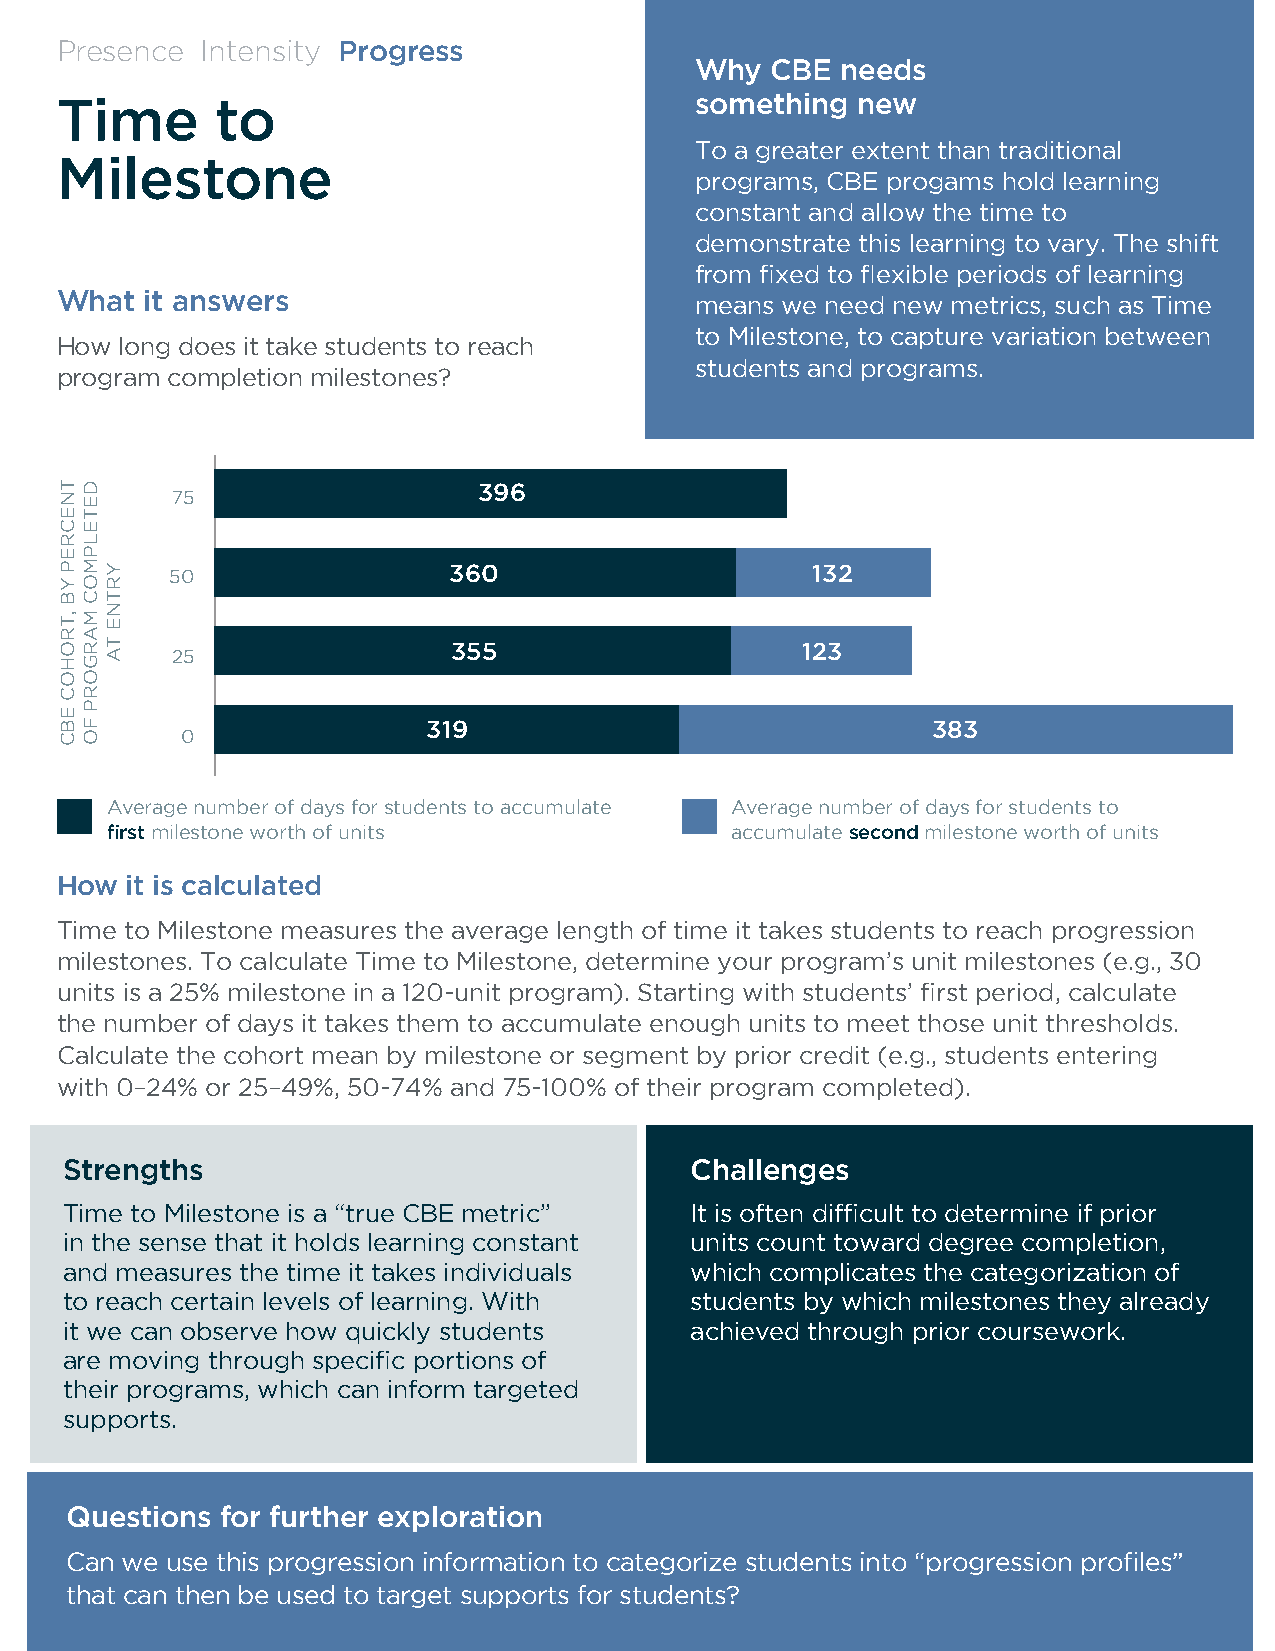
Presence Intensity Progress
 Why  CBE  needs
 Time      to                              something  new
 To a greater extent than traditional
 Milestone
 programs, CBE progams hold learning
 constant and allow the time to
 demonstrate this learning to vary. The shift
 from fixed to flexible periods of learning
 What  it answers                          means we need new metrics, such as Time
 to Milestone, to capture variation between
 How long does it take students to reach
 students and programs.
 program completion milestones?
 75                   396
 50                 360                     132
 25                 355                    123
 319                               383
 0
 Average number of days for students to accumulate Average number of days for students to
 first milestone worth of units           accumulate second milestone worth of units
 How it is calculated
 Time to Milestone measures the average length of time it takes students to reach progression
 milestones. To calculate Time to Milestone, determine your program’s unit milestones (e.g., 30
 units is a 25% milestone in a 120-unit program). Starting with students’ first period, calculate
 the number of days it takes them to accumulate enough units to meet those unit thresholds.
 Calculate the cohort mean by milestone or segment by prior credit (e.g., students entering
 with 0–24% or 25–49%, 50-74% and 75-100% of their program completed).
 Strengths                                 Challenges
 Time to Milestone is a “true CBE metric”  It is often difficult to determine if prior
 in the sense that it holds learning constant units count toward degree completion,
 and measures the time it takes individuals which complicates the categorization of
 to reach certain levels of learning. With students by which milestones they already
 it we can observe how quickly students    achieved through prior coursework.
 are moving through specific portions of
 their programs, which can inform targeted
 supports.
 Questions  for further exploration
 Can we use this progression information to categorize students into “progression profiles”
 that can then be used to target supports for students?
 TNECREP
 YB
 ,TROHOC
 EBC
 DETELPMOC
 MARGORP
 FO
 YRTNE
 TA